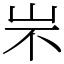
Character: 㞸